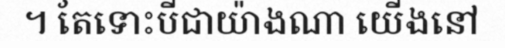
។ តែទោះបីជាយ៉ាងណា យើងនៅ